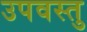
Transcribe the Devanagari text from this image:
उपवस्तु